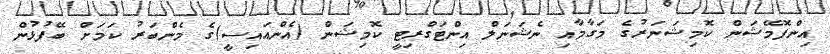
އިންފޮމޭޝަން ކޮމިޝަނަރުގެ މަގާމާއި ނެޝަނަލް އިންޓަގްރިޓީ ކޮމިޝަން (އެންއައިސީ)ގެ މެންބަރު ކަމަށް ބޭފުޅުން